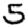
Digit: 5